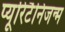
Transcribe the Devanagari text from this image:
प्यूरिटैनिजन्म